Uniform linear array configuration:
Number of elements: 64
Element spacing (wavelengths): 0.5
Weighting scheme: hann
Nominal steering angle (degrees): -15
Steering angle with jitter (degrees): -14.835
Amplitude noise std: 0.05
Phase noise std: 0.05

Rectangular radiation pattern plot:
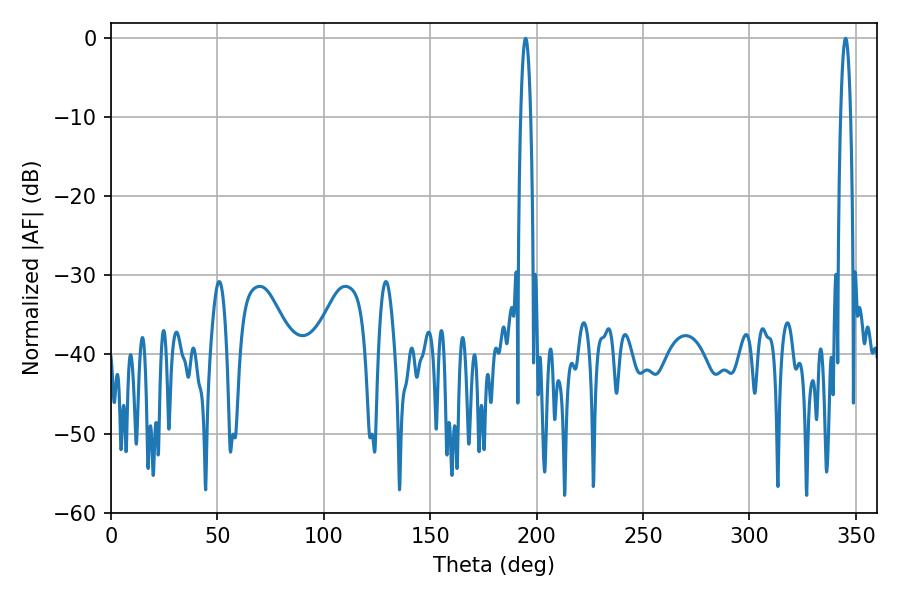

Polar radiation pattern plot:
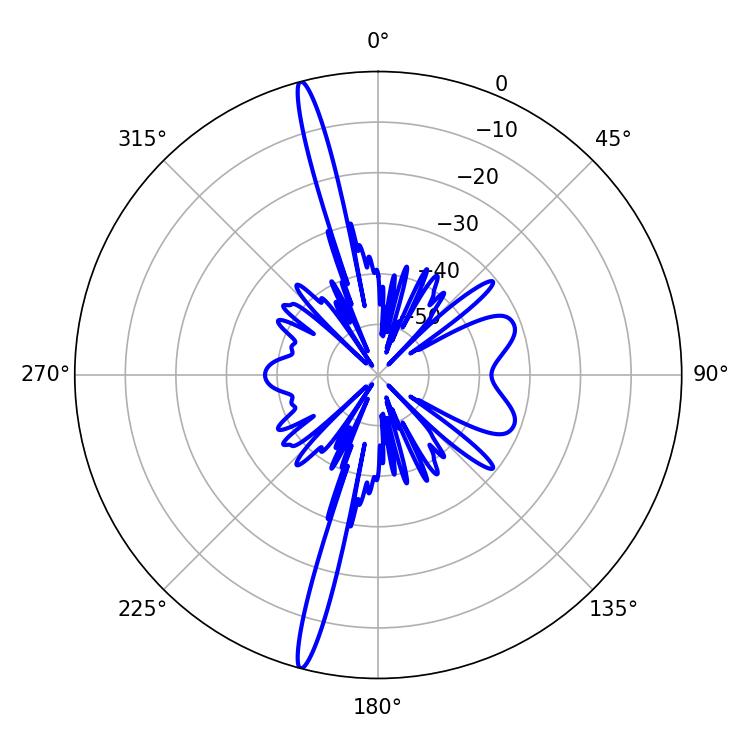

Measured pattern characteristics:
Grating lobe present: FALSE
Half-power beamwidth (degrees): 2.52
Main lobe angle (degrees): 194.76